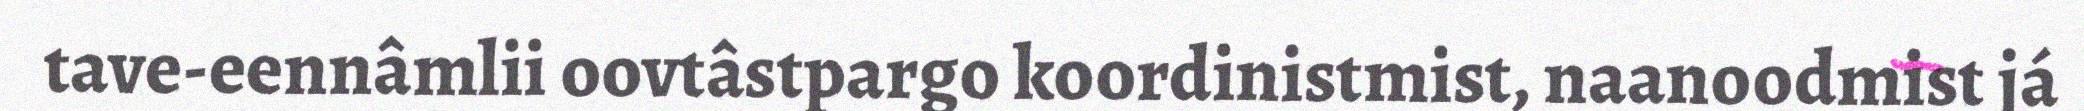
tave-eennâmlii oovtâstpargo koordinistmist, naanoodmist já